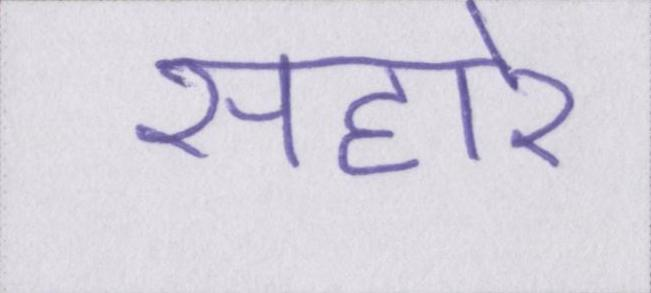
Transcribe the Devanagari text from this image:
सहारे